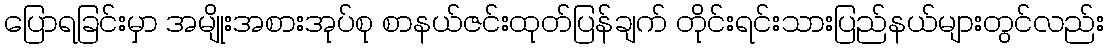
ပြောရခြင်းမှာ အမျိုးအစားအုပ်စု စာနယ်ဇင်းထုတ်ပြန်ချက် တိုင်းရင်းသားပြည်နယ်များတွင်လည်း